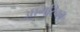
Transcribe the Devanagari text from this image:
आमरिका